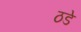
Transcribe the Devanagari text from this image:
ठडे